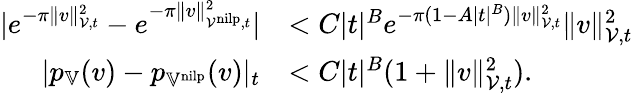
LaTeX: \begin{array}{rl}{|e^{-\pi\| v\| _{\mathcal{V},t}^{2}}-e^{-\pi\| v\| _{\mathcal{V}^{\mathrm{nilp}},t}^{2}}|}&{<C|t|^{B}e^{-\pi(1-A|t|^{B})\| v\| _{\mathcal{V},t}^{2}}\| v\| _{\mathcal{V},t}^{2}}\\ {|p_{\mathbb{V}}(v)-p_{\mathbb{V}^{\mathrm{nilp}}}(v)|_{t}}&{<C|t|^{B}(1+\| v\| _{\mathcal{V},t}^{2}).}\end{array}